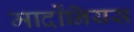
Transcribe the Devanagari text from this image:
मार्दोंनियस